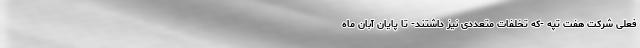
فعلی شرکت هفت تپه -که تخلفات متعددی نیز داشتند- تا پایان آبان ماه